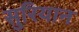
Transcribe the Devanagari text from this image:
सुरियान